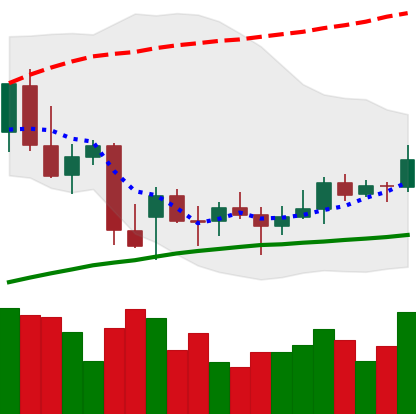
Ticker: BNB-USD
Chart end date: 2021-12-27
Forward return: -6.272%
Label: down_5_7